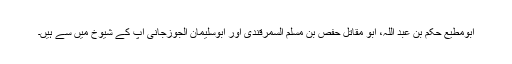
ابومطیع حکم بن عبد اللہؒ، ابو مقاتل حفص بن مسلم السمرقندیؒ اور ابوسلیمان الجوزجانی ؒآپ کے شیوخ میں سے ہیں۔